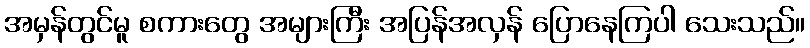
အမှန်တွင်မူ စကားတွေ အများကြီး အပြန်အလှန် ပြောနေကြပါ သေးသည်။